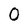
Character: O